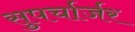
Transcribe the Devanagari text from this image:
सुपर्चार्जर